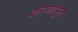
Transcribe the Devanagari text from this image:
करणीभूत